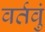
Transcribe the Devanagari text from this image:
वर्तवुं